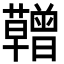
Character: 𮓆